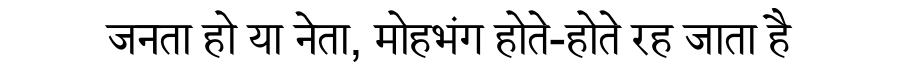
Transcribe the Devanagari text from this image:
जनता हो या नेता, मोहभंग होते-होते रह जाता है